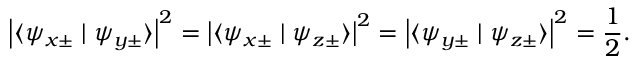
\left\vert \langle \psi _ { x \pm } \mid \psi _ { y \pm } \rangle \right\vert ^ { 2 } = \left\vert \langle \psi _ { x \pm } \mid \psi _ { z \pm } \rangle \right\vert ^ { 2 } = \left\vert \langle \psi _ { y \pm } \mid \psi _ { z \pm } \rangle \right\vert ^ { 2 } = { \frac { 1 } { 2 } } .